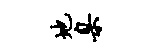
地臬